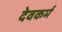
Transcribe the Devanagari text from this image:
देवकर्म